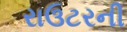
રાઉટરની